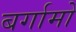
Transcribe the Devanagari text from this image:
बर्गामो